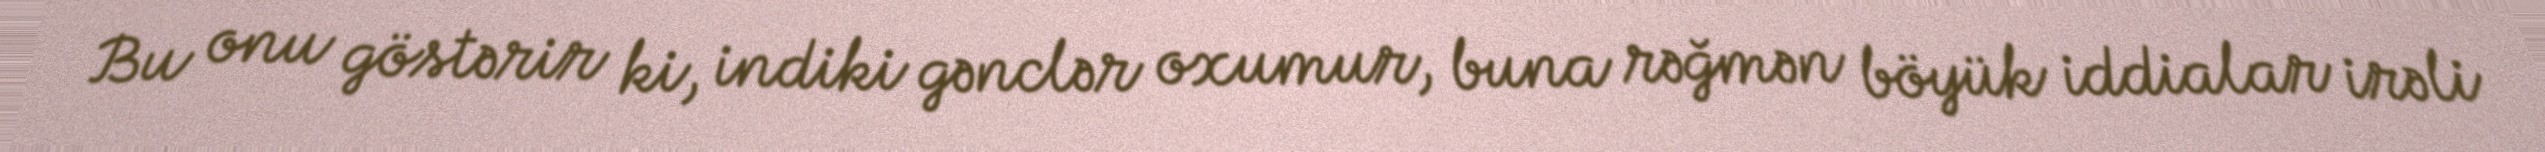
Bu onu göstərir ki, indiki gənclər oxumur, buna rəğmən böyük iddialar irəli